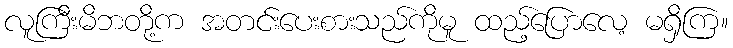
လူကြီးမိဘတို့က အတင်းပေးစားသည်ကိုမူ ထည့်ပြောလေ့ မရှိကြ။